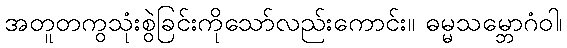
အတူတကွသုံးစွဲခြင်းကိုသော်လည်းကောင်း။ ဓမ္မသမ္ဘောဂံဝါ၊